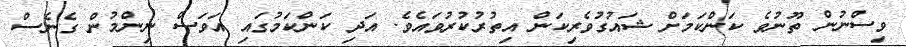
ވިސްނުން ތޫނުވެ ކަންކަމަށް ޝައުގުވެރިކަން އިތުރުކުރުވައެވެ. އަދި ކަންކަމުގައި އަވަސް ނިންމުން ގެނެސް